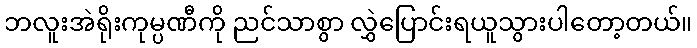
ဘလူးအဲရိုးကုမ္ပဏီကို ညင်သာစွာ လွှဲပြောင်းရယူသွားပါတော့တယ်။